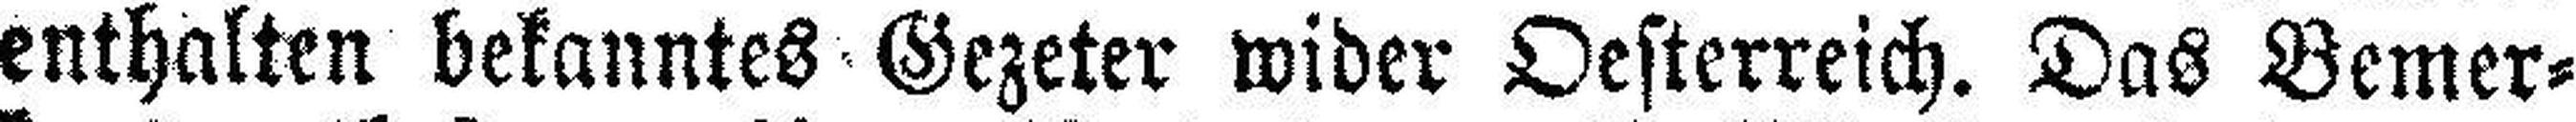
enthalten bekanntes Gezeter wider Oesterreich. Das Bemer¬